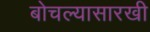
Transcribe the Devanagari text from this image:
बोचल्यासारखी